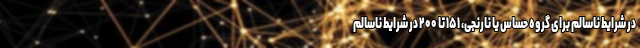
در شرایط ناسالم برای گروه حساس یا نارنجی، ۱۵۱ تا ۲۰۰ در شرایط ناسالم